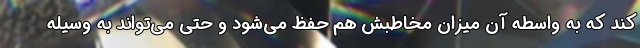
کند که به واسطه آن میزان مخاطبش هم حفظ می‌شود و حتی می‌تواند به وسیله